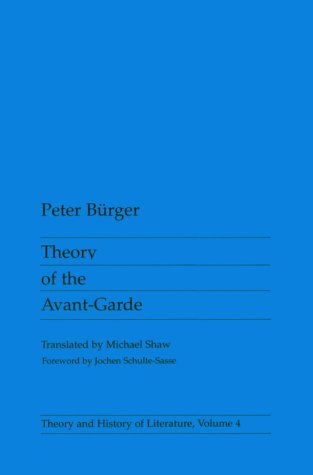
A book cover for Theory Of the Avant-Garde (Theory and  History of Literature); Peter Burger; Politics & Social Sciences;